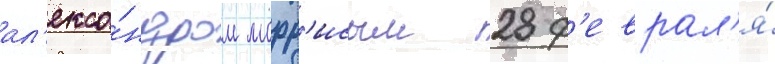
ал'екса́ндром морр'исом 28 ф'еврал'я́